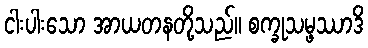
ငါးပါးသော အာယတနတို့သည်။ စက္ခုသမ္ဖဿာဒိ